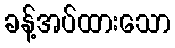
ခန့်အပ်ထားသော